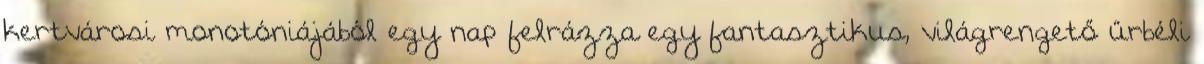
kertvárosi monotóniájából egy nap felrázza egy fantasztikus, világrengető űrbéli